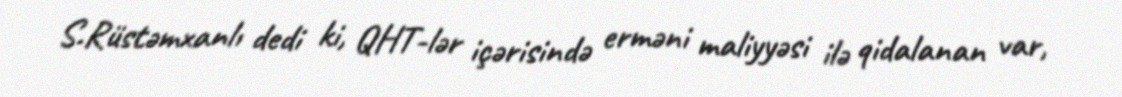
S.Rüstəmxanlı dedi ki, QHT-lər içərisində erməni maliyyəsi ilə qidalanan var,